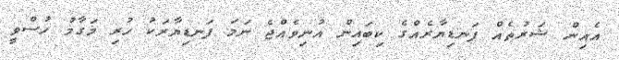
އެއިން ޝަރުތެއް ފަނޑިޔާރެއްގެ ކިބައިން އުނިވެއްޖެ ނަމަ ފަނޑިޔާރަކު ހުރި މަގާމު ހުސްވީ